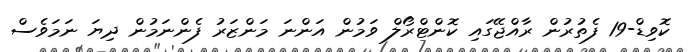
ކޮވިޑް-19 ފެތުރުން ރާއްޖޭގައި ކޮންޓްރޯލް ވަމުން އަންނަ މަންޒަރު ފެންނަމުން ދިޔަ ނަމަވެސް